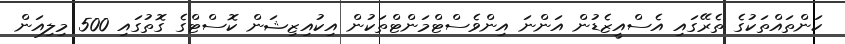
ކަންތައްތަކުގެ ތެރޭގައި އެސްއީޒެޑުން އަންނަ އިންވެސްޓްމަންޓްތަކުން އިކުއިޒިޝަން ކޮސްޓްގެ ގޮތުގައި 500 މިލިއަން